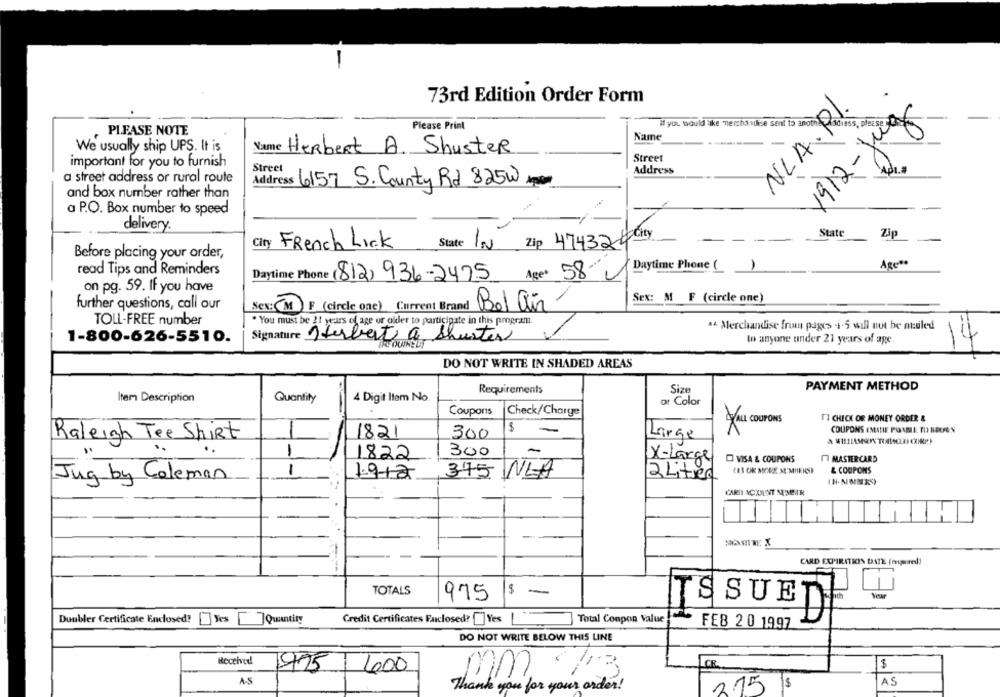
73rd Edition Order Form
NLAR.
X912-juz
Please Print
If you would like merchanthse sent to another do
PLEASE NOTE
Name
We usually ship UPS. It is
Name
Herbert A. Shuster
Street
important for you to furnish
Street
Address
a street address or rural route
Address 6157 S. County Rd 825W 10
and box number rather than
a P.O. Box number to speed
delivery
State
Zip
State IN Zip 474326 City
French Lick
Before placing your order,
Agees
read Tips and Reminders
Daytime Phone (
Daytime Phone (812) 936-2425 Age* 58-
on pg. 59. If you have
Sex: M F (circle one)
further questions, call our
Sex:(MF (circle one) Current Brand
Bel air
TOLL-FREE number
. You must be 21 years of age or older to participate in this program
.& Merchandise from pages 4-5 will not be nuled
1-800-626-5510.
Signature Herbert a Shuster
to anyone under 21 years of age
4
DO NOT WRITE IN SHADED AREAS
Requirements
Size
PAYMENT METHOD
Quantity
Item Description
4 Digit Item No.
or Color
Coupons
Check/Charge
[] CHECK OR MONEY ORDER &
1
COUPONS EMANIE POABLE TO NECRON
1821
300
Large
Raleigh Tee Shirt
300
1822
X-Large
VISA & COUPONS
M MASTERCARD
1
& COUPONS
Jug by Coleman
375 NLA
2 Liter
(H. NOMES)
CARDI ACCOUNT NUMBER
CARD EXPIRATION DATE (mpel!
TOTALS
5 -
975
ISSUE
Doubler Certificate Enclosed? Yes Quantity
Credit Certificates Faclosed? Yes
-
Total Conpon Value
DI
FEB 20 1997
DO NOT WRITE BELOW THIS LINE
Received!
400
$
1975
AS
mm.
Thank you for your order!
2.15 $
AS